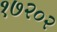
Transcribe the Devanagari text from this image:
१७२०२